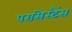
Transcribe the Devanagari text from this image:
परसिस्टैंस